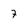
Character: 7